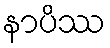
နာပိဿ